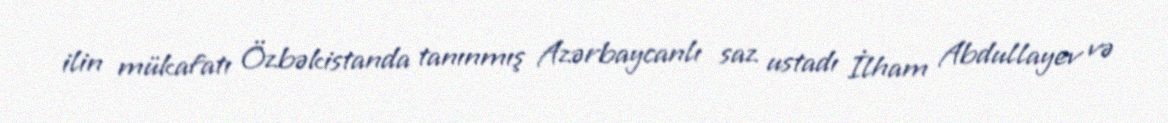
ilin mükafatı Özbəkistanda tanınmış Azərbaycanlı saz ustadı İlham Abdullayev və